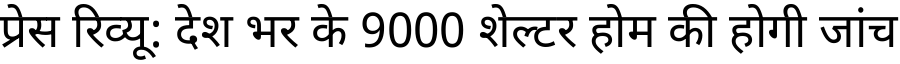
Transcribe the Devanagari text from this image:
प्रेस रिव्यू: देश भर के 9000 शेल्टर होम की होगी जांच